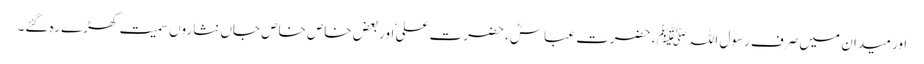
اور میدان میں صرف رسول اللہﷺ ، حضرت عباسؓ، حضرت علیؓ اوربعض خاص خاص جاں نثاروں سمیت کھڑے رہ گئے۔